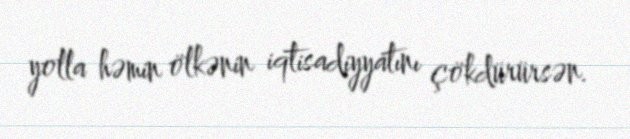
yolla həmin ölkənin iqtisadiyyatını çökdürürsən.